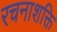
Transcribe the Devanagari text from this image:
रचनाशक्ति